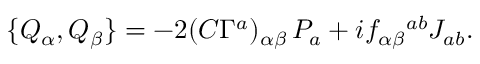
\{ Q _ { \alpha } , Q _ { \beta } \} = - 2 ( C \Gamma ^ { a } ) _ { \alpha \beta } \, P _ { a } + i f _ { \alpha \beta } { } ^ { a b } J _ { a b } .